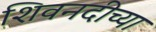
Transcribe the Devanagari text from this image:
शिवनदीच्या